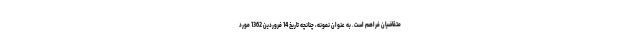
متقاضیان فراهم است. به عنوان نمونه، چنانچه تاریخ 14 فروردین 1362 مورد